Code of medical and sanitary regulations for the guidance of medical officers serving in the Madras Presidency - Volume II
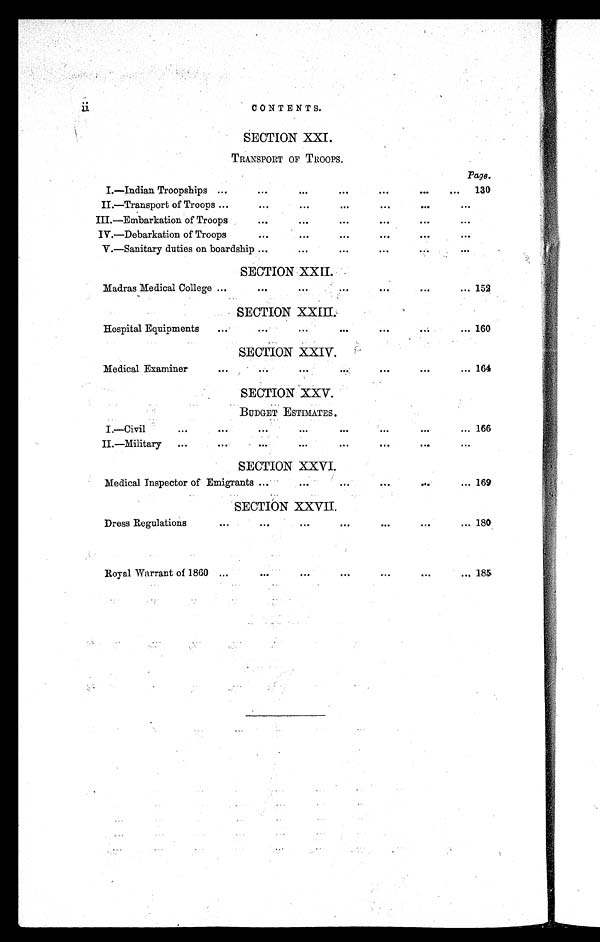
ii
CONTENTS.
SECTION XXI.
TRANSPORT OF TROOPS.
Page.
I.—Indian Troopships ...
...
. . .
...
...
. . .
... 130
II.—Transport of Troops ...
. . .
. . .
. . .
. . .
...
. . .
III.—Embarkation of Troops
...
. . .
. . .
. . .
. . .
. . .
IV.—Debarkation of Troops
. . .
. . .
. . .
...
...
. . .
V.—Sanitary duties on boardship ...
...
. . .
. . .
...
. . .
SECTION XXII.
Madras Medical College ...
. . .
. . .
...
...
. . .
... 152
SECTION XXIII.
Hospital Equipments
...
. . .
. . .
. . .
...
. . .
... 160
SECTION XXIV.
Medical Examiner
. . .
. . .
. . .
. . .
...
. . .
... 164
SECTION XXV.
BUDGET ESTIMATES.
I.—Civil
...
. . .
. . .
. . .
. . .
. . .
. . .
... 166
II.—Military
...
. . .
. . .
...
. . .
. . .
...
...
SECTION XXVI.
Medical Inspector of Emigrants ...
. . .
. . .
. . .
. . .
... 169
SECTION XXVII.
Dress Regulations
...
. . .
. . .
. . .
. . .
. . .
. . . 180
Royal Warrant of 1860 ...
...
. . .
. . .
. . .
...
... 185